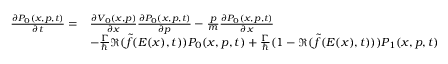
\begin{array} { r l } { \frac { \partial P _ { 0 } ( x , p , t ) } { \partial t } = } & { \frac { \partial V _ { 0 } ( x , p ) } { \partial x } \frac { \partial P _ { 0 } ( x , p , t ) } { \partial p } - \frac { p } { m } \frac { \partial P _ { 0 } ( x , p , t ) } { \partial x } } \\ & { - \frac { \Gamma } { \hbar } \Re ( \tilde { f } ( E ( x ) , t ) ) P _ { 0 } ( x , p , t ) + \frac { \Gamma } { \hbar } ( 1 - \Re ( \tilde { f } ( E ( x ) , t ) ) ) P _ { 1 } ( x , p , t ) } \end{array}